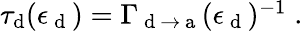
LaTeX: \begin{array}{r}{\tau_{\mathrm{d}}(\epsilon_{\mathrm{~d~}})=\Gamma_{\mathrm{~d~}\to\mathrm{~a~}}(\epsilon_{\mathrm{~d~}})^{-1}\; .}\end{array}